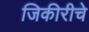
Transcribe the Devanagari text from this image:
जिकीरीचे